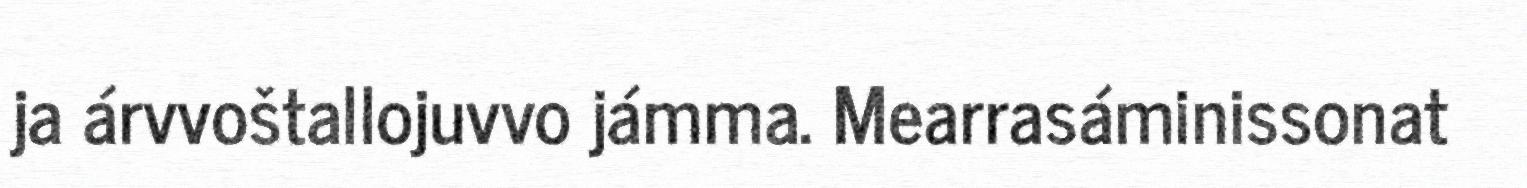
ja árvvoštallojuvvo jámma. Mearrasáminissonat